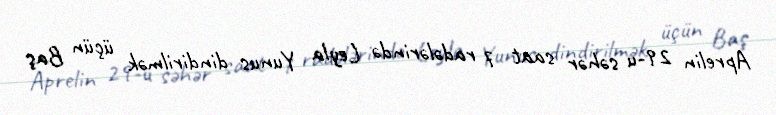
Aprelin 29-u səhər saat 7 radələrində Leyla Yunus dindirilmək üçün Baş